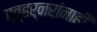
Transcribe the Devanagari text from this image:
गव्हर्नरांनाही